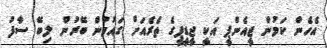
އެހެން ކަމުން ޖީއެންޕީ އަކީ ޖީޑީޕީގެ ތެރެއަށް ގައުމުން ބޭރުން ލިބޭ ސާފު